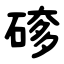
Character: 䃎